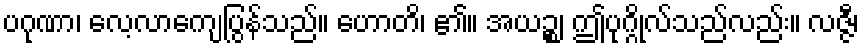
ပဂုဏာ၊ လေ့လာကျေပြွန်သည်။ ဟောတိ၊ ၏။ အယဉ္စ၊ ဤပုဂ္ဂိုလ်သည်လည်း။ လဇ္ဇီ၊